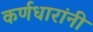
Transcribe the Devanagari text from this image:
कर्णधारांनी